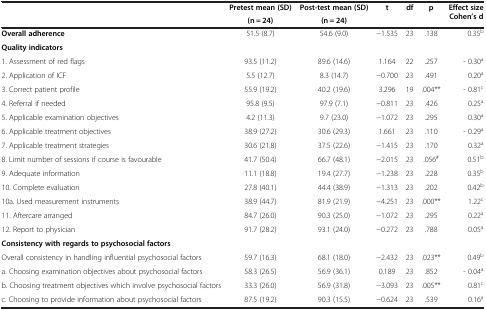
<table><thead><tr><td rowspan="2"><b> </b></td><td><b>Pretest mean (SD)</b></td><td><b>Post-test mean (SD)</b></td><td rowspan="2"><b>t</b></td><td rowspan="2"><b>df</b></td><td rowspan="2"><b>p</b></td><td rowspan="2"><b>Effect size Cohen’s d</b></td></tr><tr><td><b>(n = 24)</b></td><td><b>(n = 24)</b></td></tr></thead><tbody><tr><td><b>Overall adherence</b></td><td>51.5 (8.7)</td><td>54.6 (9.0)</td><td>−1.535</td><td>23</td><td>.138</td><td>0.35<sup>b</sup></td></tr><tr><td colspan="7"><b>Quality indicators</b></td></tr><tr><td>1. Assessment of red flags</td><td>93.5 (11.2)</td><td>89.6 (14.6)</td><td>1.164</td><td>22</td><td>.257</td><td>- 0.30<sup>a</sup></td></tr><tr><td>2. Application of ICF</td><td>5.5 (12.7)</td><td>8.3 (14.7)</td><td>−0.700</td><td>23</td><td>.491</td><td>0.20<sup>a</sup></td></tr><tr><td>3. Correct patient profile</td><td>55.9 (19.2)</td><td>40.2 (19.6)</td><td>3.296</td><td>19</td><td>.004**</td><td>- 0.81<sup>c</sup></td></tr><tr><td>4. Referral if needed</td><td>95.8 (9.5)</td><td>97.9 (7.1)</td><td>−0.811</td><td>23</td><td>.426</td><td>0.25<sup>a</sup></td></tr><tr><td>5. Applicable examination objectives</td><td>4.2 (11.3)</td><td>9.7 (23.0)</td><td>−1.072</td><td>23</td><td>.295</td><td>0.30<sup>a</sup></td></tr><tr><td>6. Applicable treatment objectives</td><td>38.9 (27.2)</td><td>30.6 (29.3)</td><td>1.661</td><td>23</td><td>.110</td><td>- 0.29<sup>a</sup></td></tr><tr><td>7. Applicable treatment strategies</td><td>30.6 (21.8)</td><td>37.5 (22.6)</td><td>−1.415</td><td>23</td><td>.170</td><td>0.32<sup>a</sup></td></tr><tr><td>8. Limit number of sessions if course is favourable</td><td>41.7 (50.4)</td><td>66.7 (48.1)</td><td>−2.015</td><td>23</td><td>.056<sup>#</sup></td><td>0.51<sup>b</sup></td></tr><tr><td>9. Adequate information</td><td>11.1 (18.8)</td><td>19.4 (27.7)</td><td>−1.238</td><td>23</td><td>.228</td><td>0.35<sup>b</sup></td></tr><tr><td>10. Complete evaluation</td><td>27.8 (40.1)</td><td>44.4 (38.9)</td><td>−1.313</td><td>23</td><td>.202</td><td>0.42<sup>b</sup></td></tr><tr><td>10a. Used measurement instruments</td><td>38.9 (44.7)</td><td>81.9 (21.9)</td><td>−4.251</td><td>23</td><td>.000**</td><td>1.22<sup>c</sup></td></tr><tr><td>11. Aftercare arranged</td><td>84.7 (26.0)</td><td>90.3 (25.0)</td><td>−1.072</td><td>23</td><td>.295</td><td>0.22<sup>a</sup></td></tr><tr><td>12. Report to physician</td><td>91.7 (28.2)</td><td>93.1 (24.0)</td><td>−0.272</td><td>23</td><td>.788</td><td>0.05<sup>a</sup></td></tr><tr><td colspan="7"><b>Consistency with regards to psychosocial factors</b></td></tr><tr><td>Overall consistency in handling influential psychosocial factors</td><td>59.7 (16.3)</td><td>68.1 (18.0)</td><td>−2.432</td><td>23</td><td>.023**</td><td>0.49<sup>b</sup></td></tr><tr><td>a. Choosing examination objectives about psychosocial factors</td><td>58.3 (26.5)</td><td>56.9 (36.1)</td><td>0.189</td><td>23</td><td>.852</td><td>- 0.04<sup>a</sup></td></tr><tr><td>b. Choosing treatment objectives which involve psychosocial factors</td><td>33.3 (26.0)</td><td>56.9 (31.8)</td><td>−3.093</td><td>23</td><td>.005**</td><td>0.81<sup>c</sup></td></tr><tr><td>c. Choosing to provide information about psychosocial factors</td><td>87.5 (19.2)</td><td>90.3 (15.5)</td><td>−0.624</td><td>23</td><td>.539</td><td>0.16<sup>a</sup></td></tr></tbody></table>